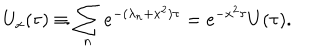
LaTeX: U _ { x } ( \tau ) \equiv \sum _ { n } e ^ { - ( \lambda _ { n } + x ^ { 2 } ) \tau } = e ^ { - x ^ { 2 } \tau } U ( \tau ) .